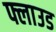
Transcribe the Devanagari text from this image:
फ्लाउड